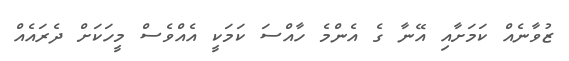
ޒުވާނެއް ކަމަށާއި އޭނާ ގެ އެންމެ ހާއްސަ ކަމަކީ އެއްވެސް މީހަކަށް ދެރައެއް